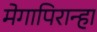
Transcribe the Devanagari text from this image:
मेगापिरान्हा